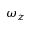
\omega _ { z }